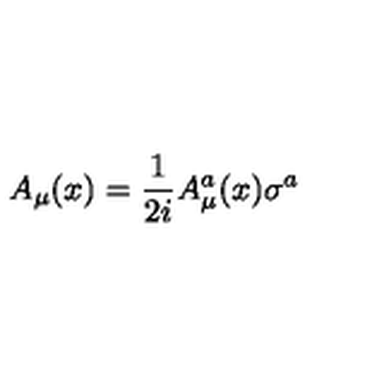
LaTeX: A _ { \mu } ( x ) = { \frac { 1 } { 2 i } } A _ { \mu } ^ { a } ( x ) \sigma ^ { a }